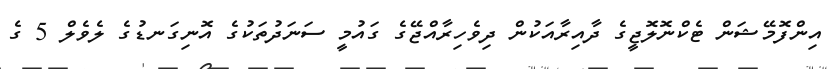
އިންފޮމޭޝަން ޓެކްނޮލޮޖީގެ ދާއިރާއަކުން ދިވެހިރާއްޖޭގެ ގައުމީ ސަނަދުތަކުގެ އޮނިގަނޑުގެ ލެވެލް 5 ގެ